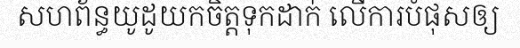
សហព័ន្ធយូដូយកចិត្តទុកដាក់ លើការបំផុសឲ្យ